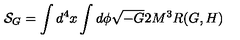
{ \cal S } _ { G } = \int d ^ { 4 } x \int d \phi \sqrt { - G } 2 M ^ { 3 } R ( G , H )